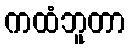
ကထံဘူတာ